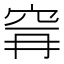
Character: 𮃺